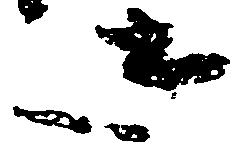
き